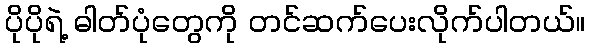
ပိုပိုရဲ့ ဓါတ်ပုံတွေကို တင်ဆက်ပေးလိုက်ပါတယ်။